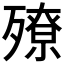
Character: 𣩢